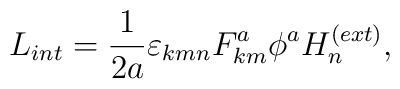
L_{int} =\frac{1}{2a}\varepsilon _{kmn} F_{km}^a \phi ^a H_n^{(ext)},